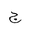
Letter: _gim